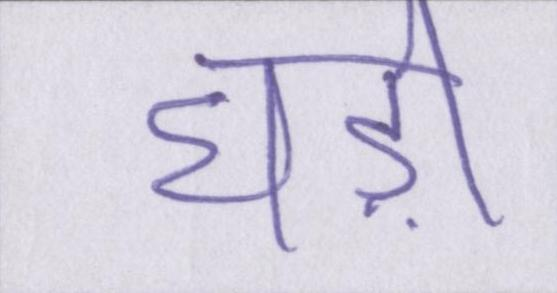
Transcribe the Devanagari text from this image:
घड़ी